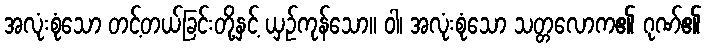
အလုံးစုံသော တင့်တယ်ခြင်းတို့နှင့် ယှဉ်ကုန်သော။ ဝါ၊ အလုံးစုံသော သတ္တလောက၏ ဂုဏ်၏